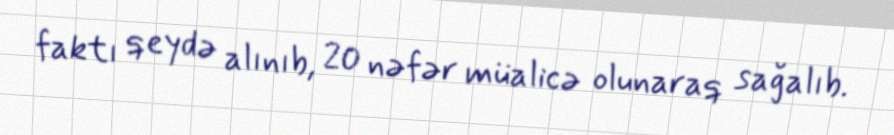
faktı qeydə alınıb, 20 nəfər müalicə olunaraq sağalıb.